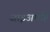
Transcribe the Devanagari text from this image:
जाइअएहिँ